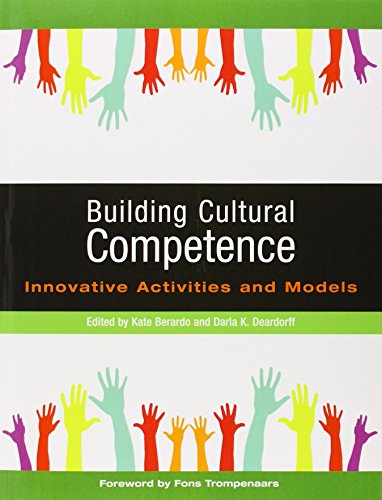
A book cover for Building Cultural Competence: Innovative Activities and Models; Business & Money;